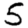
Digit: 5